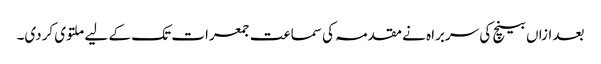
بعد ازاں بینچ کی سربراہ نے مقدمہ کی سماعت جمعرات تک کے لیے ملتوی کردی۔